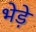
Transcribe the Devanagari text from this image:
भेडे़